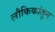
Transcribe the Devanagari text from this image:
लौकिकांतुन